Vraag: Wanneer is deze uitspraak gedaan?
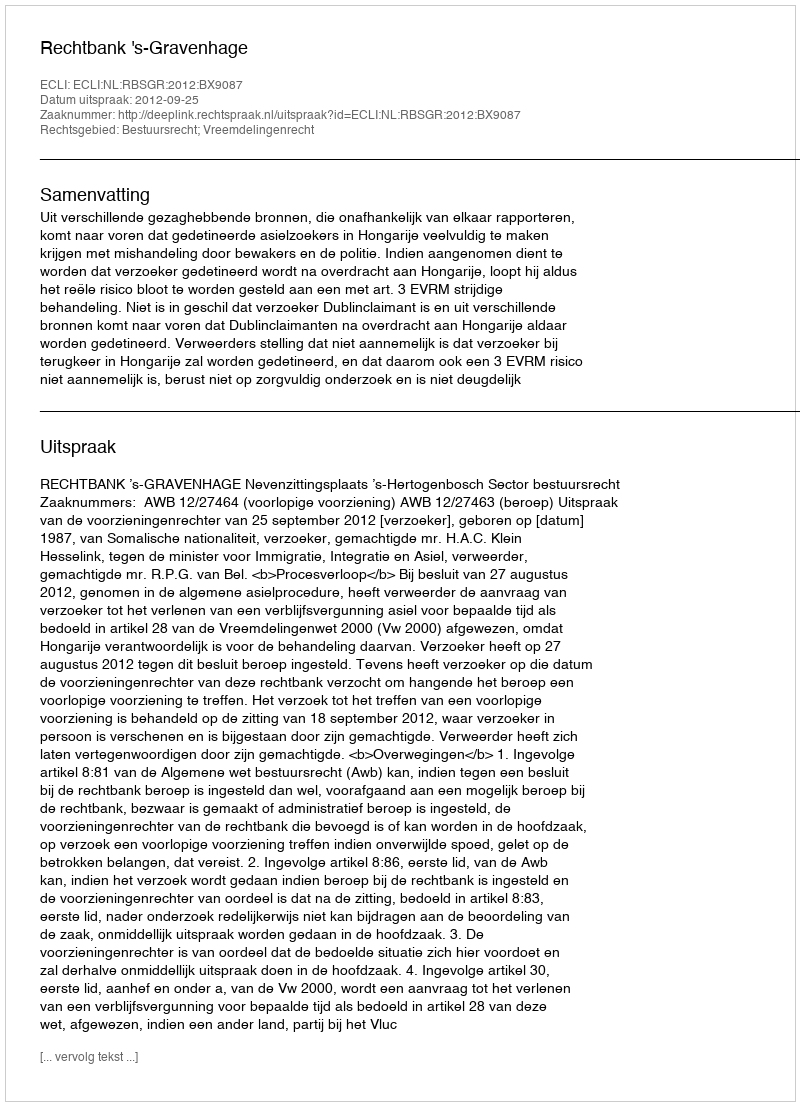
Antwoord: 2012-09-25